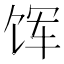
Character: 𫗥